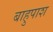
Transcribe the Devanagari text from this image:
बाहुपाश